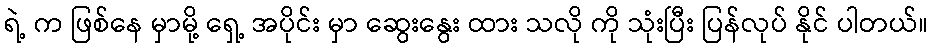
ရဲ့ က ဖြစ်နေ မှာမို့ ရှေ့ အပိုင်း မှာ ဆွေးနွေး ထား သလို ကို သုံးပြီး ပြန်လုပ် နိုင် ပါတယ်။